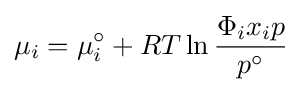
\mu _{i}=\mu _{i}^{\circ }+RT\ln {\frac {\Phi _{i}x_{i}p}{p^{\circ }}}